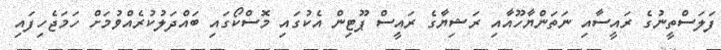
ފަލަސްތީނުގެ ރައީސާއި ނަތަންޔާހޫއާއި ރަޝިޔާގެ ރައީސް ޕޫޓިން އެކުގައި މޮސްކޯގައި ބައްދަލުކުރެއްވުމަށް ހަމަޖެހިފައި